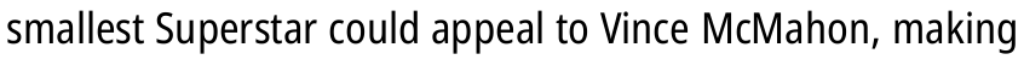
smallest Superstar could appeal to Vince McMahon, making